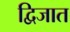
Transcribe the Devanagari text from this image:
द्विजात